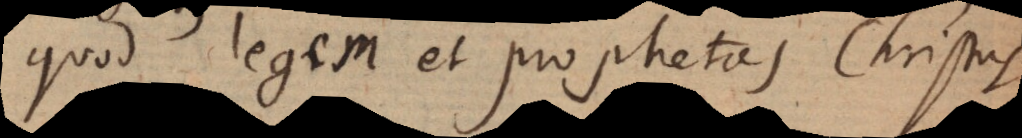
quod legem et prophetas Christus